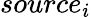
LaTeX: source_{i}